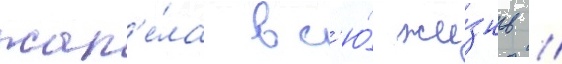
жал'е́ла вс'ю́ жи́знь //